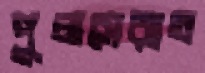
পুলসেরাত